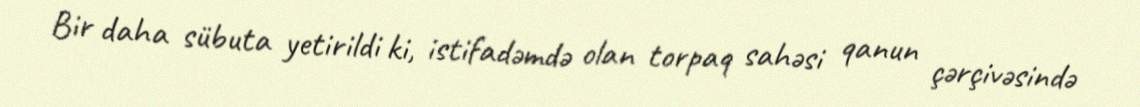
Bir daha sübuta yetirildi ki, istifadəmdə olan torpaq sahəsi qanun çərçivəsində